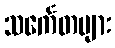
သင်္ကေတများ